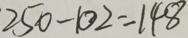
2 5 0 - 1 0 2 = 1 4 8